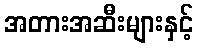
အတားအဆီးများနှင့်